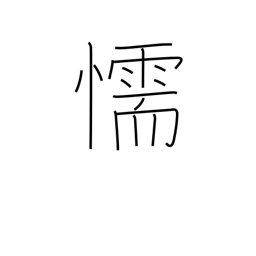
Meaning: cowardice